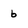
Character: b